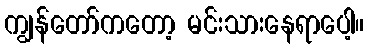
ကျွန်တော်ကတော့ မင်းသားနေရာပေါ့။